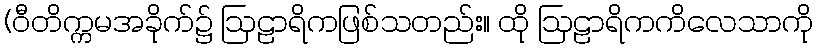
(ဝီတိက္ကမအခိုက်၌ ဩဠာရိကဖြစ်သတည်း။ ထို ဩဠာရိကကိလေသာကို